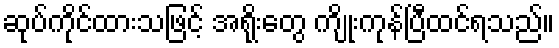
ဆုပ်ကိုင်ထားသဖြင့် အရိုးတွေ ကျိုးကုန်ပြီထင်ရသည်။